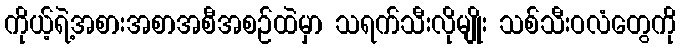
ကိုယ့်ရဲ့အစားအစာအစီအစဉ်ထဲမှာ သရက်သီးလိုမျိုး သစ်သီးဝလံတွေကို